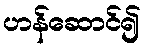
ဟန်ဆောင်၍